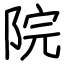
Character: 院